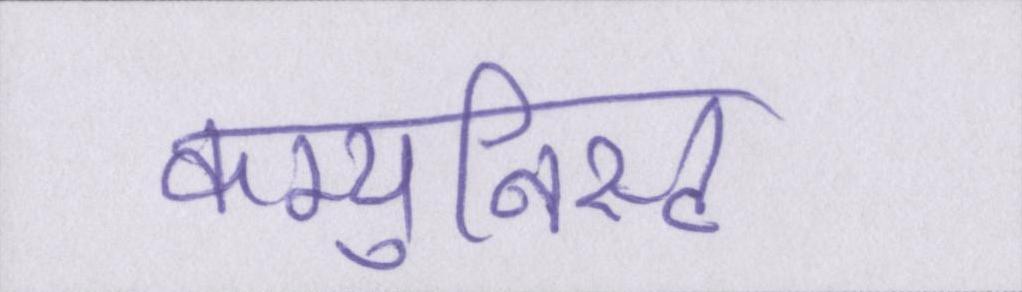
कम्युनिस्ट